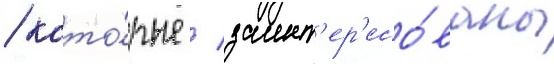
/ кото́рые / заинт'ер'есо́ваны